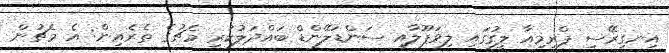
އިނގިރޭސި ޕްރިމިއާ ލީގުގައި ލިވަޕޫލާއި ސަންޑަލޭންޑް ބައްދަލުކުރި މެޗުގެ ތެރެއިން: އެ މެޗުން